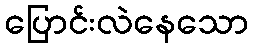
ပြောင်းလဲနေသော